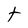
Character: t